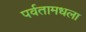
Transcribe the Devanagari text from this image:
पर्वतामधला